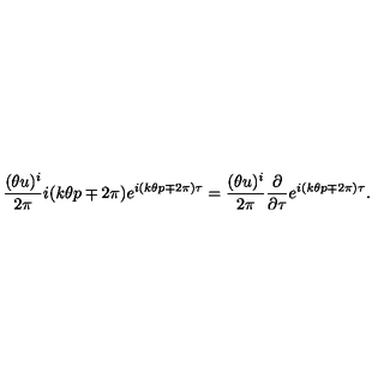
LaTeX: \frac { ( \theta u ) ^ { i } } { 2 \pi } i ( k \theta p \mp 2 \pi ) e ^ { i ( k \theta p \mp 2 \pi ) \tau } = \frac { ( \theta u ) ^ { i } } { 2 \pi } \frac { \partial } { \partial \tau } e ^ { i ( k \theta p \mp 2 \pi ) \tau } .